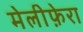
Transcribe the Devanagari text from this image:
मेलीफ़ेरा